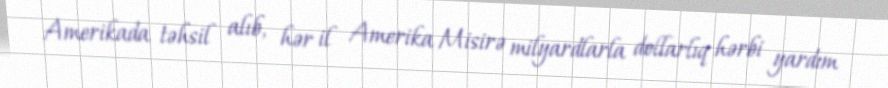
Amerikada təhsil alıb, hər il Amerika Misirə milyardlarla dollarlıq hərbi yardım